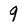
Character: 9